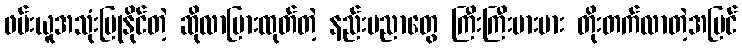
ဖမ်းယူအသုံးပြုနိုင်တဲ့ ဆိုလာပြားထုတ်တဲ့ နည်းပညာတွေ ကြီးကြီးမားမား တိုးတက်လာတဲ့အပြင်